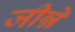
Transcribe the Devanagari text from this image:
जीन्ने